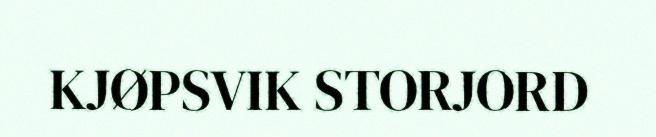
KJØPSVIK STORJORD